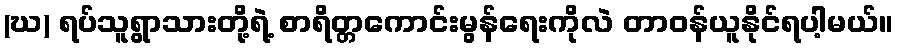
(ဃ) ရပ်သူရွာသားတို့ရဲ့ စာရိတ္တကောင်းမွန်ရေးကိုလဲ တာဝန်ယူနိုင်ရပါ့မယ်။